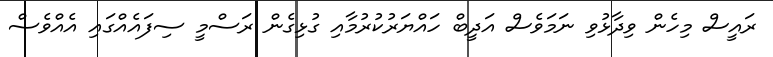
ރައީސް މިހެން ވިދާޅުވި ނަމަވެސް އަދީބް ހައްޔަރުކުރުމާއި ގުޅިގެން ރަސްމީ ސިފައެއްގައި އެއްވެސް